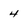
Character: 4